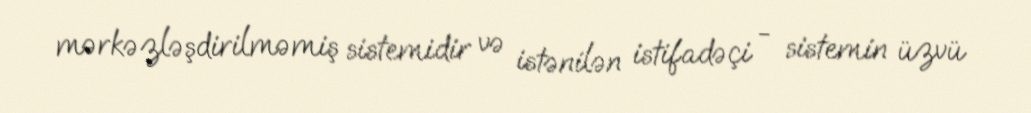
mərkəzləşdirilməmiş sistemidir və istənilən istifadəçi - sistemin üzvü